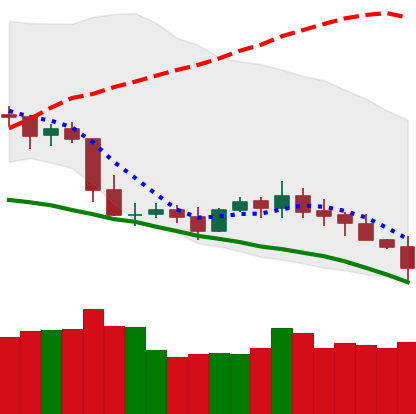
Ticker: XLM-USD
Chart end date: 2019-05-09
Forward return: 25.226%
Label: up_7plus